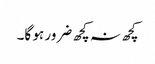
کچھ نہ کچھ ضرور ہو گا۔